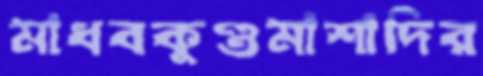
মাধবকুণ্ডমাশাদির